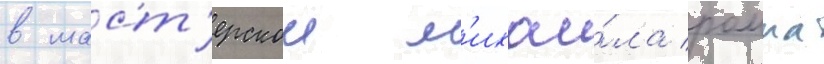
в маст'ерскои м'ихаи́ла ромма